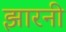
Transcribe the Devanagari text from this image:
झारनी